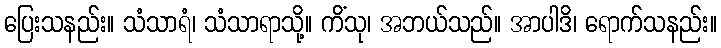
ပြေးသနည်း။ သံသာရံ၊ သံသာရာသို့။ ကိံသု၊ အဘယ်သည်။ အာပါဒိ၊ ရောက်သနည်း။